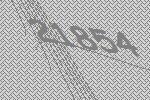
21854